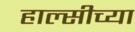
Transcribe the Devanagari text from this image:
हाल्सीच्या